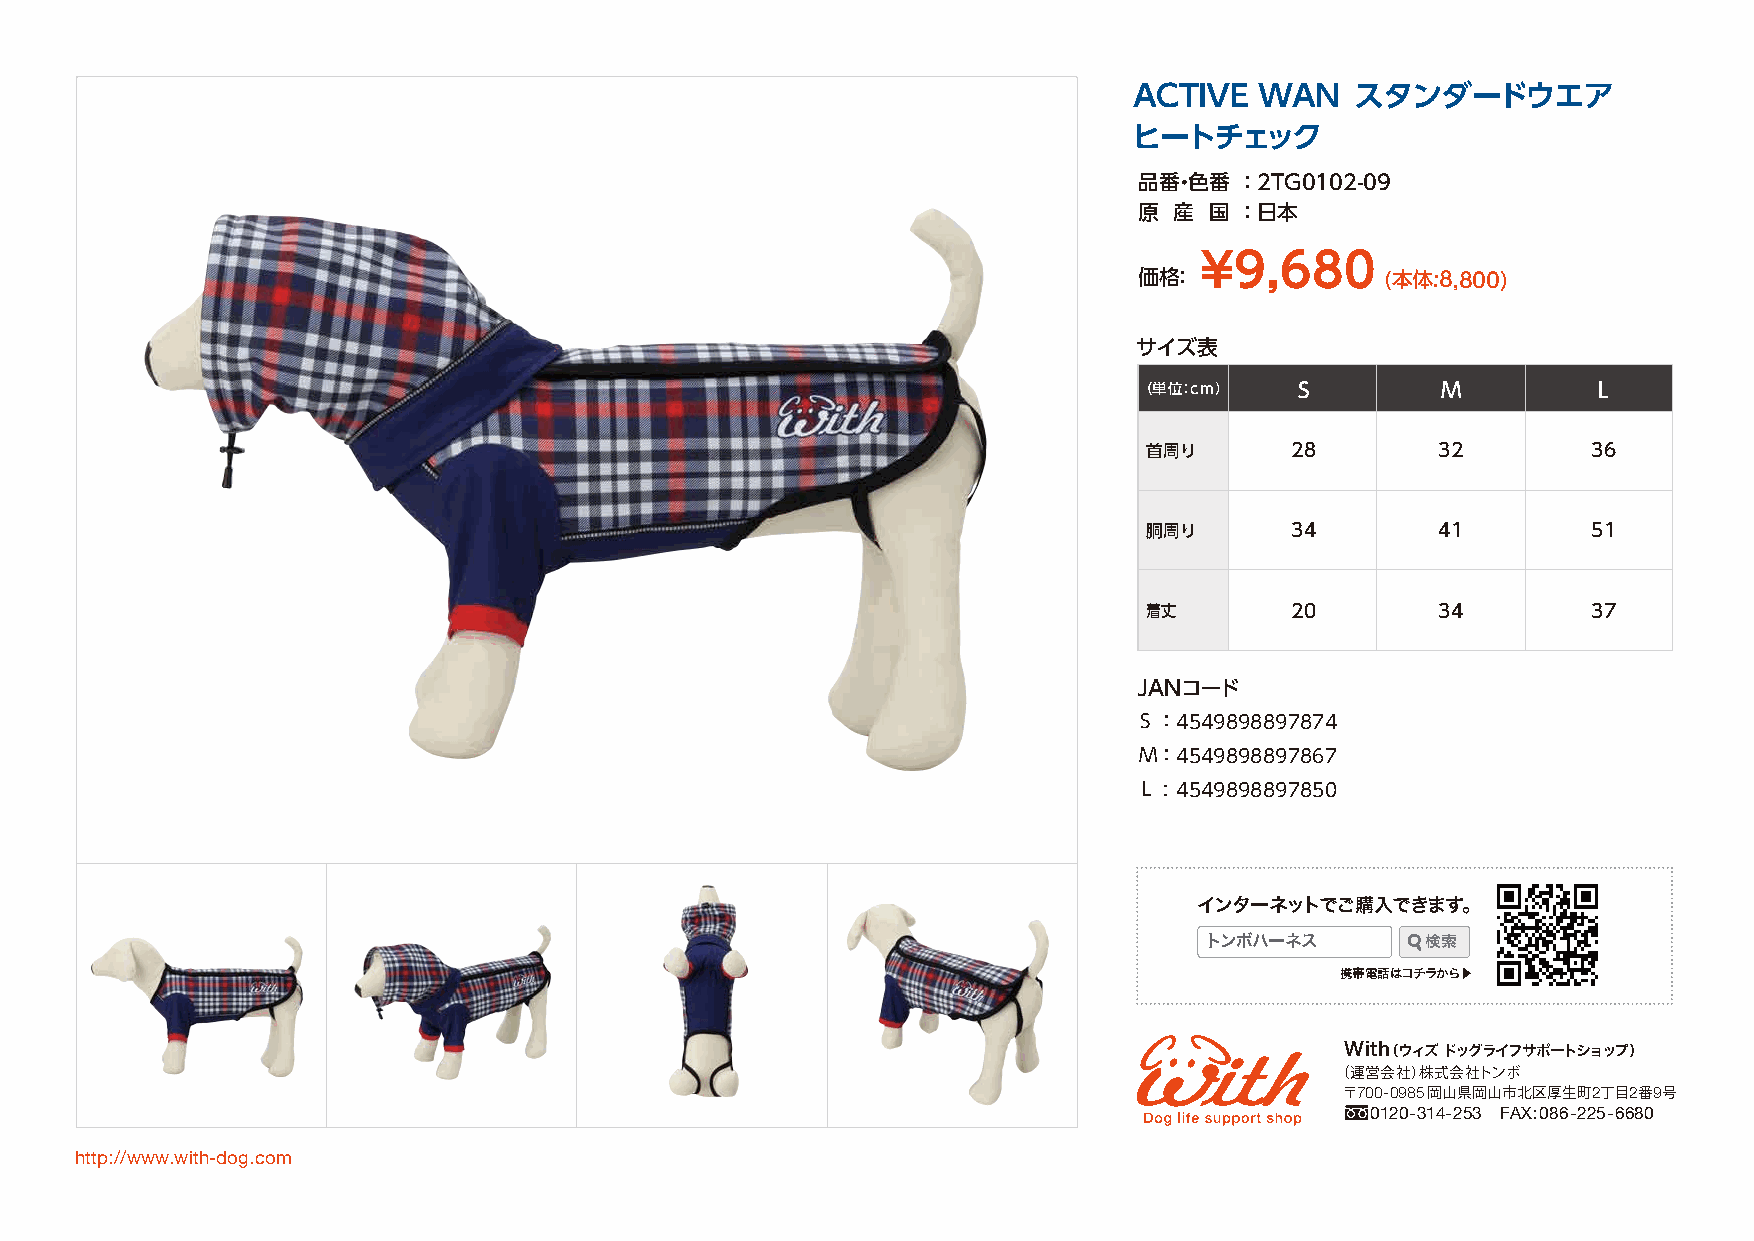
ACTIVE  WAN    スタンダードウエア
 ヒートチェック
 品番・色番  ： 2TG0102-09
 原  産 国 ： 日本
 ¥9,680
 価格：              (本体:8,800)
 サイズ表
 （単位：cm）    S        M          L
 首周り      28        32        36
 胴周り      34        41        51
 着丈       20        34        37
 JANコード
 S ： 4549898897874
 M： 4549898897867
 L : 4549898897850
 インターネットでご購入できます。
 トンボハーネス       検 索
 携帯電話はコチラから▶
 With
 （ウィズ ドッグライフサポートショップ）
 （ 運営会社）株式会社トンボ
 〒700-0985 岡山県岡山市北区厚生町2丁目2番9号
 0120-314-253 FAX:086-225-6680
 http://www.with-dog.com